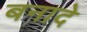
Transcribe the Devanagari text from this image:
बनादे